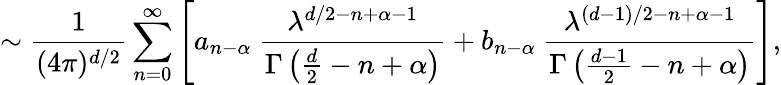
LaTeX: \sim{\frac{1}{(4\pi)^{d/2}}}\sum_{n=0}^{\infty}\left[a_{n-\alpha}~{\frac{\lambda^{d/2-n+\alpha-1}}{\Gamma\left(\frac d2-n+\alpha\right)}}+b_{n-\alpha}~{\frac{\lambda^{(d-1)/2-n+\alpha-1}}{\Gamma\left({\frac{d-1}{2}}-n+\alpha\right)}}\right],